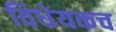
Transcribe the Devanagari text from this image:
विधेयकच